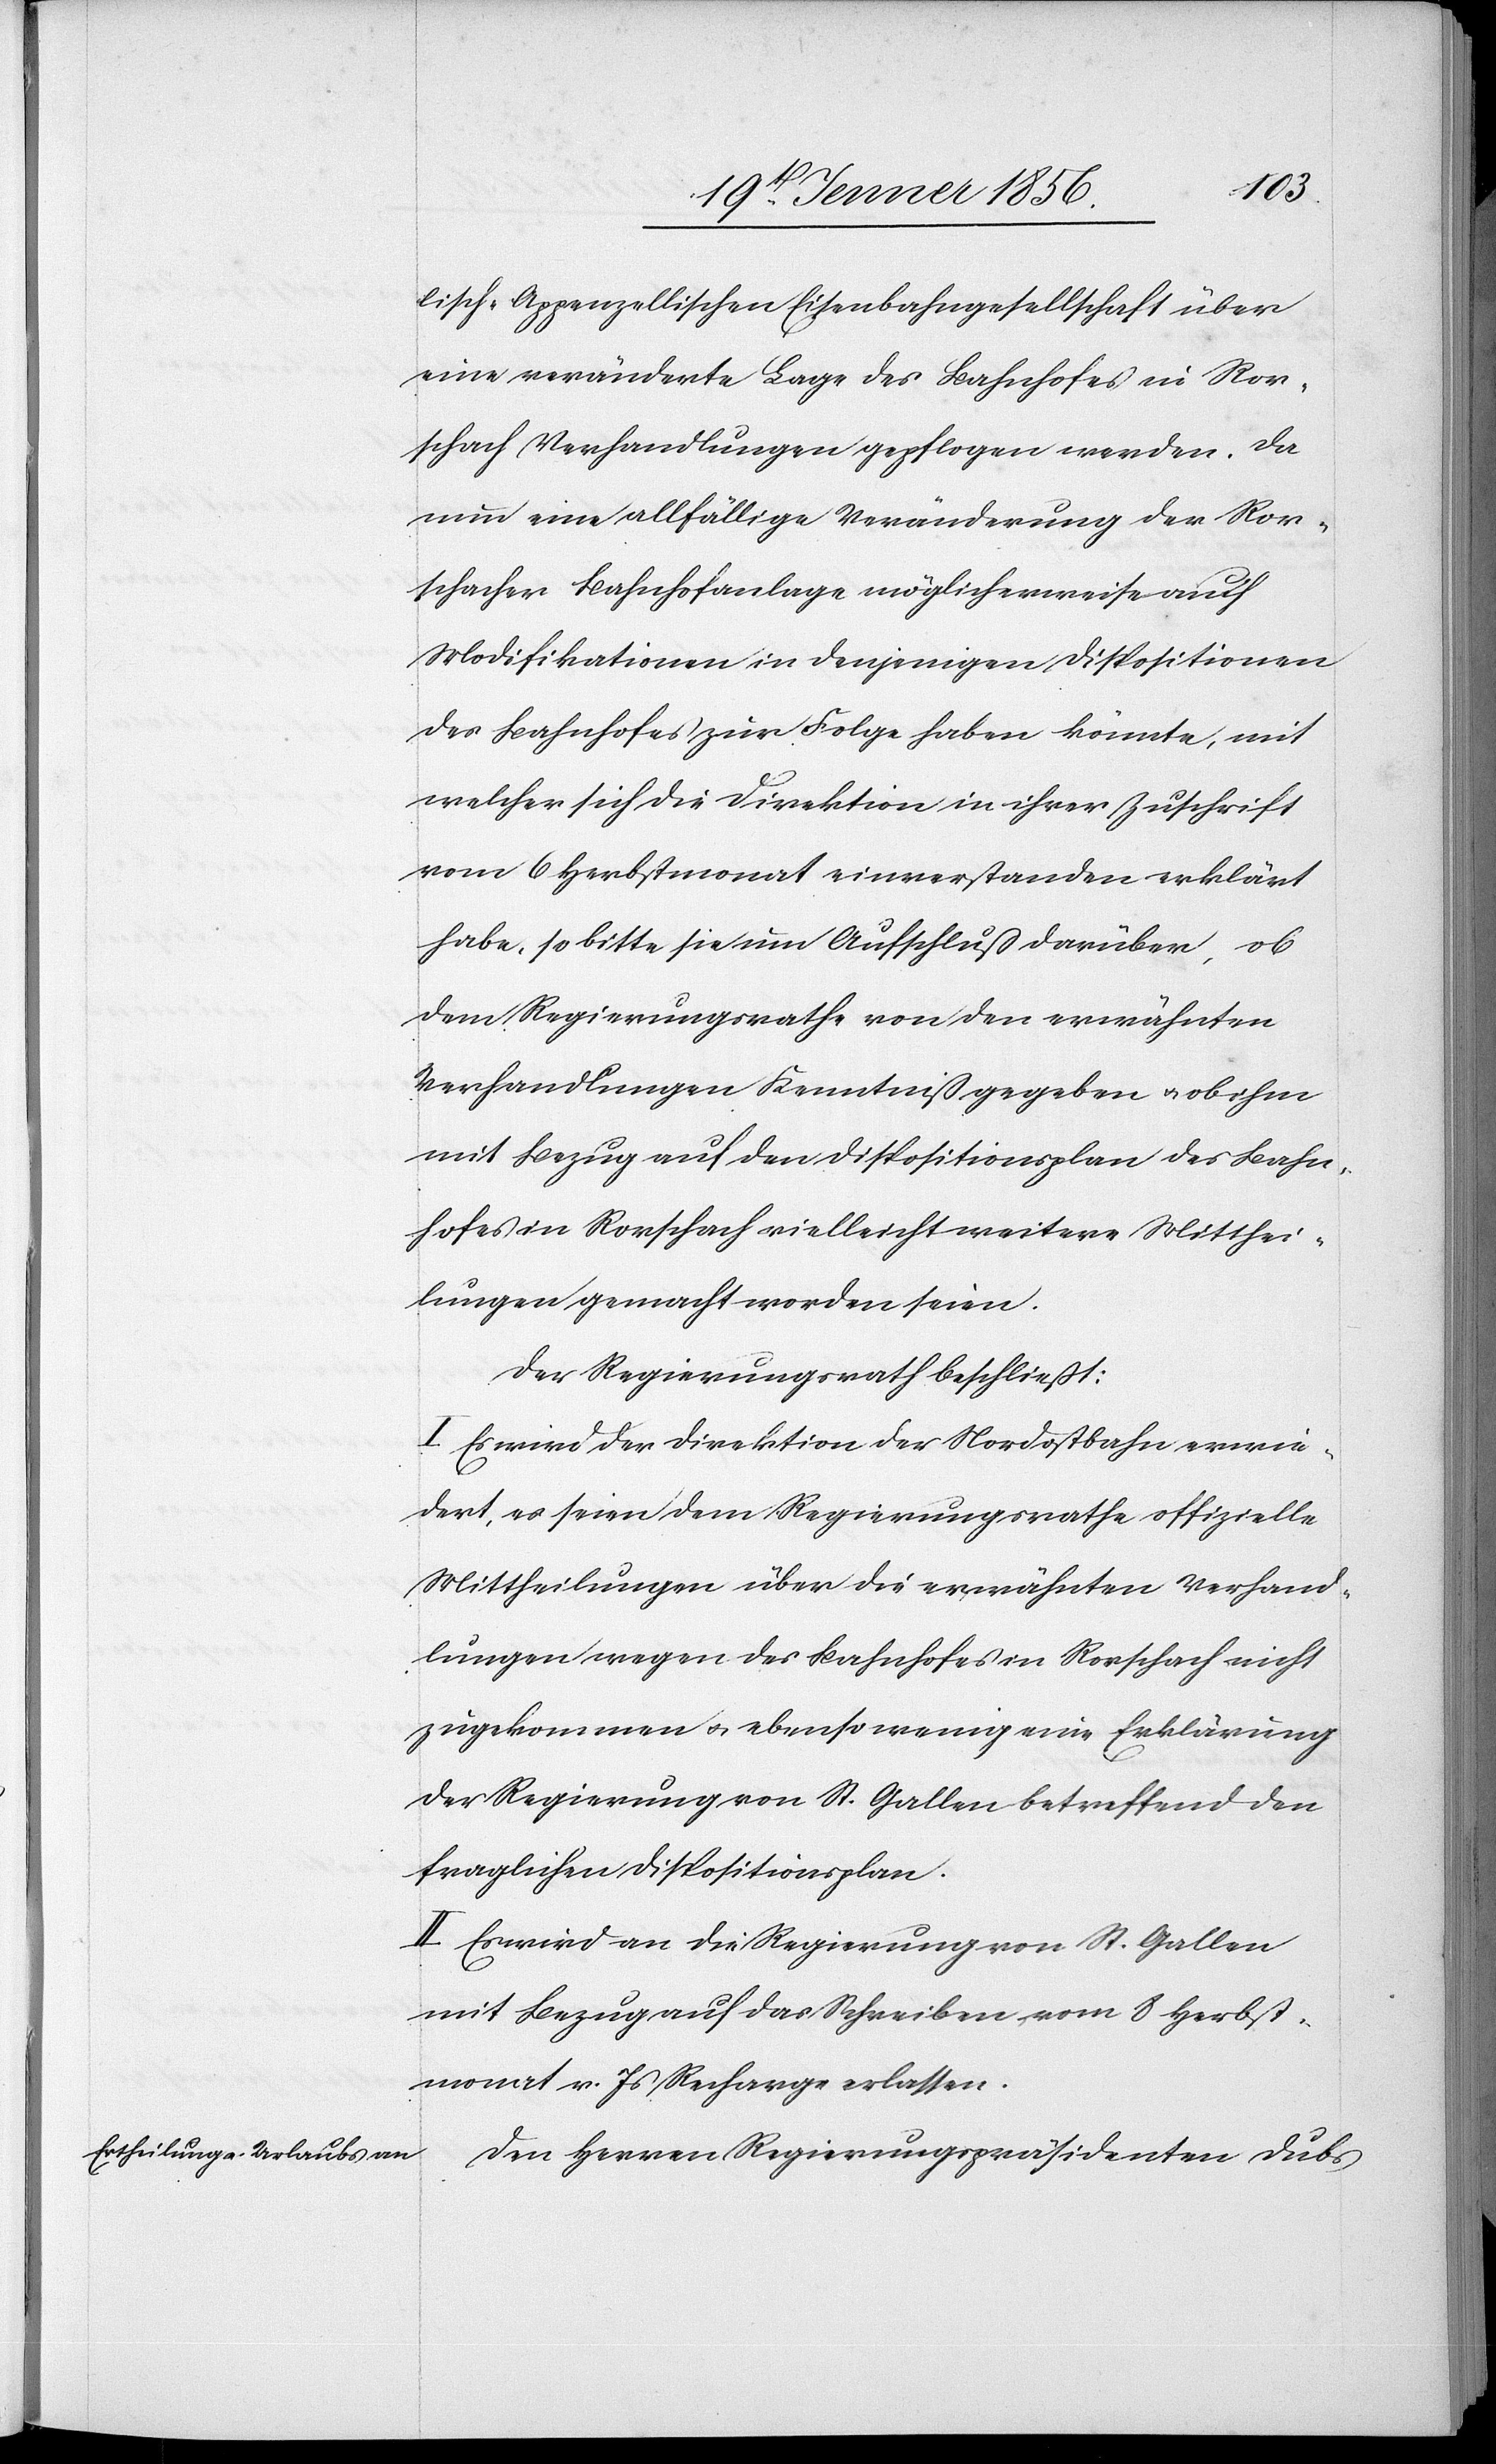
lisch-Appenzellischen Eisenbahngesellschaft über
eine veränderte Lage des Bahnhofes in Ror¬
schach Verhandlungen gepflogen werden. Da
nun eine allfällige Veränderung der Ror¬
schacher Bahnhofanlage möglicherweise auch
Modifikationen in denjenigen Dispositionen
des Bahnhofes zur Folge haben könnte, mit
welcher sich die Direktion in ihrer Zuschrift
vom 6 Herbstmonat einverstanden erklärt
habe, so bitte sie um Aufschluß darüber, ob
dem Regierungsrathe von den erwähnten
Verhandlungen Kenntniß gegeben u. ob ihm
mit Bezug auf den Dispositionsplan des Bahn¬
hofes in Rorschach vielleicht weitere Mitthei¬
lungen gemacht worden seien.
Der Regierungsrath beschließt:
I. Es wird der Direktion der Nordostbahn erwie¬
dert, es seien dem Regierungsrathe offizielle
Mittheilungen über die erwähnten Verhand¬
lungen wegen des Bahnhofes in Rorschach nicht
zugekommen u. ebenso wenig eine Erklärung
der Regierung von St. Gallen betreffend den
fraglichen Dispositionsplan.
II. Es wird an die Regierung von St. Gallen
mit Bezug auf das Schreiben vom 8 Herbst¬
monat v. Js Recharge erlassen.
Den Herren Regierungspräsidenten Dubs